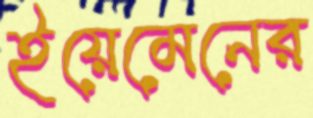
ইয়েমেনের